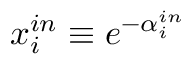
x _ { i } ^ { i n } \equiv e ^ { - \alpha _ { i } ^ { i n } }